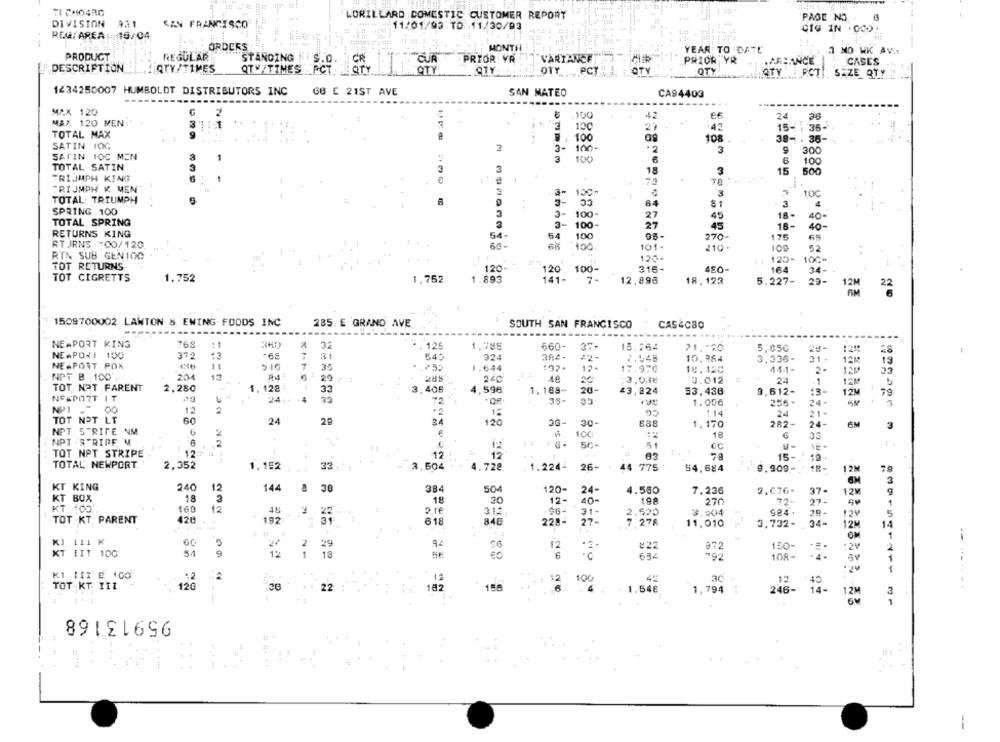
TI CHIARO
LORILLARD DOMESTIC CUSTOMER REPORT
DIVISION
9.11
PAGE NO
SAN FRANCISCO
-- 11/01/93 TO 11/30/93
CIG 1N .000
REQ/AREA - 16/04
ORDERS
: #
MONTSI
YEAR TO DATE
1 NO WK AVI
PRODUCT
REGULAR
CUR
PRIOR YR
VARIANCE
PRIOR YR
LAREANCE
STANDING S.O.
CASES
DESCRIPTION
QTY/TIMES
QTV/TIMES PCT QTY
QTY
OTY
OTY .PCT
QTY
QTY
OTY
PCT! S ZE QTY
1234250007 HUMBOLDT DISTRIBUTORS INC
GB E 21ST AVE
SAN MATEO
CA94403
MAX 120
2
42
66
24
MAX. 120 MEN:
:42
15- 36-
TOTAL. MAX
9
100
---
100
108
39- . 35-
SATIN TOG
2
3-
300
SATIN TOC MEN
100
3
9
3
100
6
100
TOTAL SATIN
3
18
3
15
500
FRIJMPH KING
78 *
73
.
RIJMPH K. MEN
3-
3
7
TOTAL: TRIUMPH
84
81
- 3
4
SPRING 100
100-
27
45
18-
40-
TOTAL SPRING
100-
3-
27
45
16-
40-
RETURNS KING
54-
64
100
95-
270-
175
65
RT JRNS . : 00/120
60-
100.
101-
210-
52
RTN SUB GEN100
120
122-
10G-
TOT RETURNS
120
100
315-
450-
164
120
34-
TOT CIGRETTS
1.752
1.752
1.893
141-
7-
12,896
18.123
5.227-
29-
22
1509700002 LAWTON & EWING FOODS INC
285: E GRAND AVE
SOUTH SAN FRANCISCO
CAS4C80
NE#PORT KING
769
:1
32
12
1.788
660-
37-
13.264
21 .* 20
5,85G
NE.PORI 100
372
:3
31
924
22-
7.545
10.884
3.336-
31.
12M
13
NEAPORT ROX
516
7
1.644
192-
12-
17.97€
18.120
44-1-
2-
33
NPT B , 100
204
29.1 1
281
220
26
3,03€
0.012
24
-1
5
TOT. NOT FARENT
2.280
1. 128
33
3.406
4,596
1. 188-
20
43,824
53,438
9.612-
en
12M
79
NFSPORT IT
24
35
.OR
35-
256 .
NP1 .-
00
2
1.006
24.
12
12
95
114
24
21.
TOT NOT LT
24
29
120
3G-
30-
1.170
282-
24-
3
NPT STRIFE NM
€
100
18
33
NPT STRIPE 'M
2
50-
00
TOT NPT STRIPE
12 H
1
12
12
63
15-
19
TOTAL NEWPORT
2,352
1.192
33
3,504
4.728
1.224-
26-
44 775
54.684
9.909-
18-
12M
KT KING
240
12
144
38
384
504
120-
4.560
7.236
2.076-
37-
KT BOX
1.8
3
24
12M
18
20
12-
40-
198
270
72-
27-
KT :00
160
12
48
312
2.550
3.004
924 .
20-
TOT KT: PARENT
428
192
618
848
228-
27 -
7 27 8
11,010
3.732-
34-
12M
. .
CM
KI 111 K
GC
20
2
5
29
12
#22
972
150-
:24
KT ITT 100
54
12
1
18
792
108-
KI Itz E 100
.2
12
100
ac
12
TOT KT. TIL
12G
36
22
182
156
40
4
1.548
1,794
246-
14-
12M
2991541211 31
95913168
--